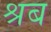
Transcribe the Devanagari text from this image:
श्रब